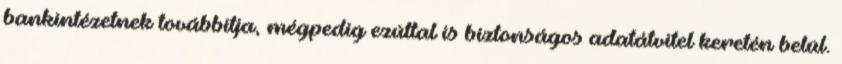
bankintézetnek továbbítja, mégpedig ezúttal is biztonságos adatátvitel keretén belül.